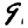
Digit: 9